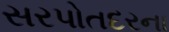
સરપોતદરના